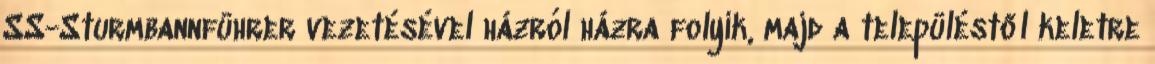
SS-Sturmbannführer vezetésével házról házra folyik, majd a településtől keletre